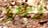
وجو